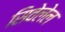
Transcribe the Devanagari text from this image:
सिवेलेल